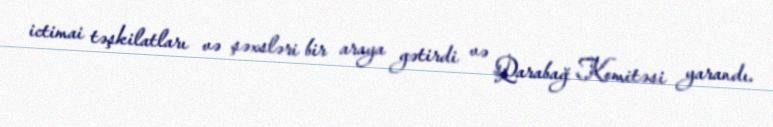
ictimai təşkilatları və şəxsləri bir araya gətirdi və Qarabağ Komitəsi yarandı.